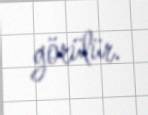
görülür.